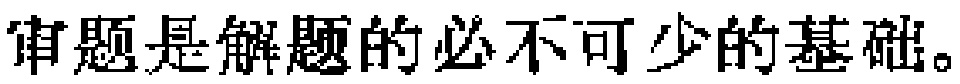
审题是解题的必不可少的基础。